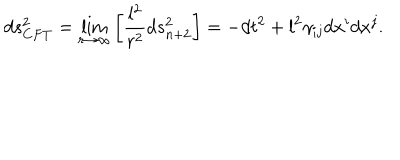
d s _ { C F T } ^ { 2 } = \lim _ { r \to \infty } \left[ { \frac { l ^ { 2 } } { r ^ { 2 } } } d s _ { n + 2 } ^ { 2 } \right] = - d t ^ { 2 } + l ^ { 2 } \gamma _ { i j } d x ^ { i } d x ^ { j } .